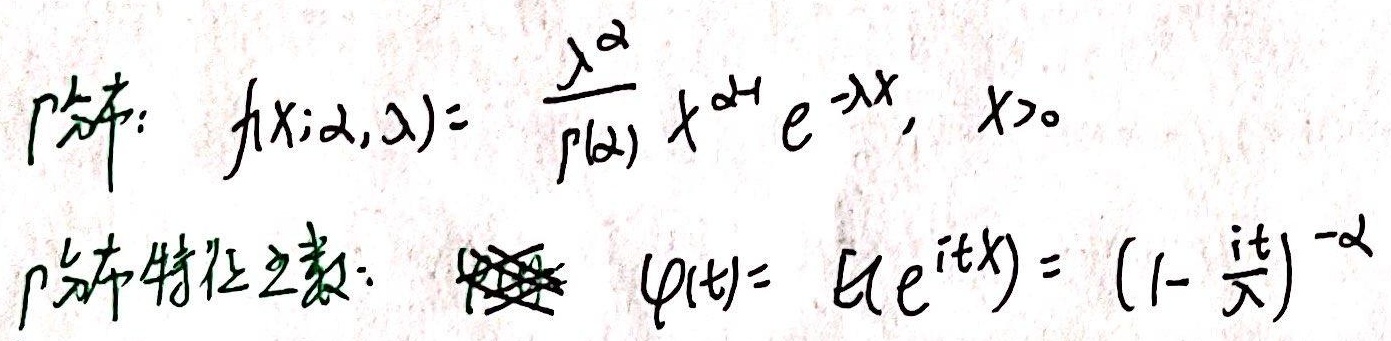
$\Gamma$分布：
\[f(x;\alpha,\lambda)=\frac{\lambda^{\alpha}}{\Gamma(\alpha)}x^{\alpha - 1}e^{-\lambda x},x > 0\]
$\Gamma$分布特征函数：
\[\varphi(t)=E(e^{itX})=(1-\frac{it}{\lambda})^{-\alpha}\]